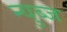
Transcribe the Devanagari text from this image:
न्युब्ज